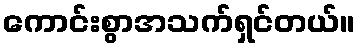
ကောင်းစွာအသက်ရှင်တယ်။